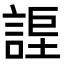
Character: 𧩆